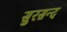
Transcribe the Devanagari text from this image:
सुरसन्द